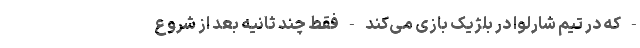
- که در تیم شارلوا در بلژیک بازی می‌کند - فقط چند ثانیه بعد از شروع